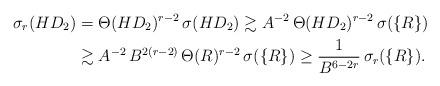
LaTeX: \begin{align*}\sigma_r(HD_2) & =\Theta(HD_2)^{r-2}\,\sigma(HD_2)\gtrsim A^{-2}\,\Theta(HD_2)^{r-2}\,\sigma(\{R\})\\& \gtrsim A^{-2}\,B^{2(r-2)}\,\Theta(R)^{r-2}\,\sigma(\{R\}) \geq \frac1{B^{6-2r}}\,\sigma_r(\{R\}).\end{align*}